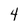
Character: 4